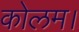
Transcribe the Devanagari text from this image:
कोलम।